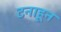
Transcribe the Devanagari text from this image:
टनाहून